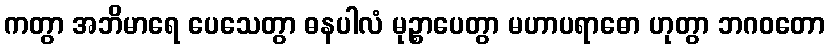
ကတွာ အဘိမာရေ ပေသေတွာ ဓနပါလံ မုဉ္စာပေတွာ မဟာပရာဓော ဟုတွာ ဘဂဝတော